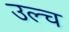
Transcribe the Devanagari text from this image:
उल्च